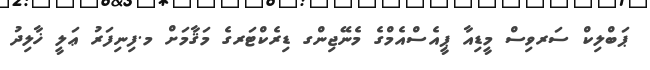
ޕަބްލިކް ސަރވިސް މީޑިއާ ޕީއެސްއެމްގެ މެނޭޖިންގ ޑިރެކްޓަރގެ މަޤާމަށް މ.ފިނިފަރު ޢަލީ ޚާލިދު